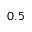
0 . 5